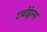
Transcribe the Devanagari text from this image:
टर्बाईन्स